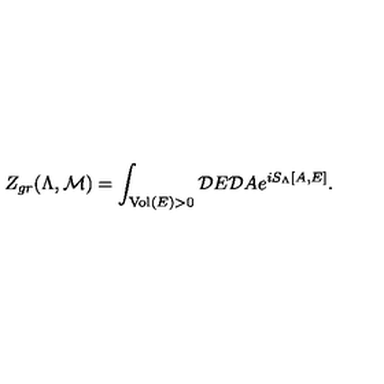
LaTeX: Z _ { g r } ( \Lambda , { \cal M } ) = \int _ { \mathrm { V o l } ( E ) > 0 } { \cal D } E { \cal D } A e ^ { i S _ { \Lambda } [ A , E ] } .